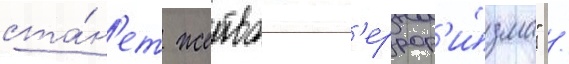
ста́н'ет жертвои т'еррор'и́зма" /